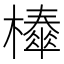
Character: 𣞜